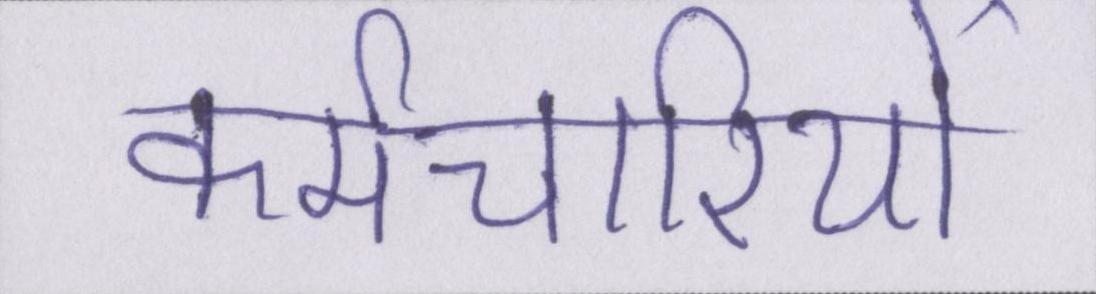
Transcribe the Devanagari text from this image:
कर्मचारियों